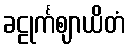
ခဠုင်္ကဈာယိတံ